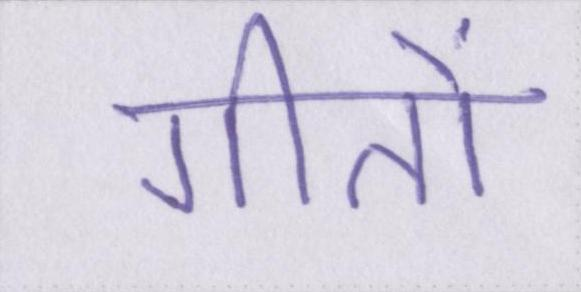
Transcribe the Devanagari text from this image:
गीतों